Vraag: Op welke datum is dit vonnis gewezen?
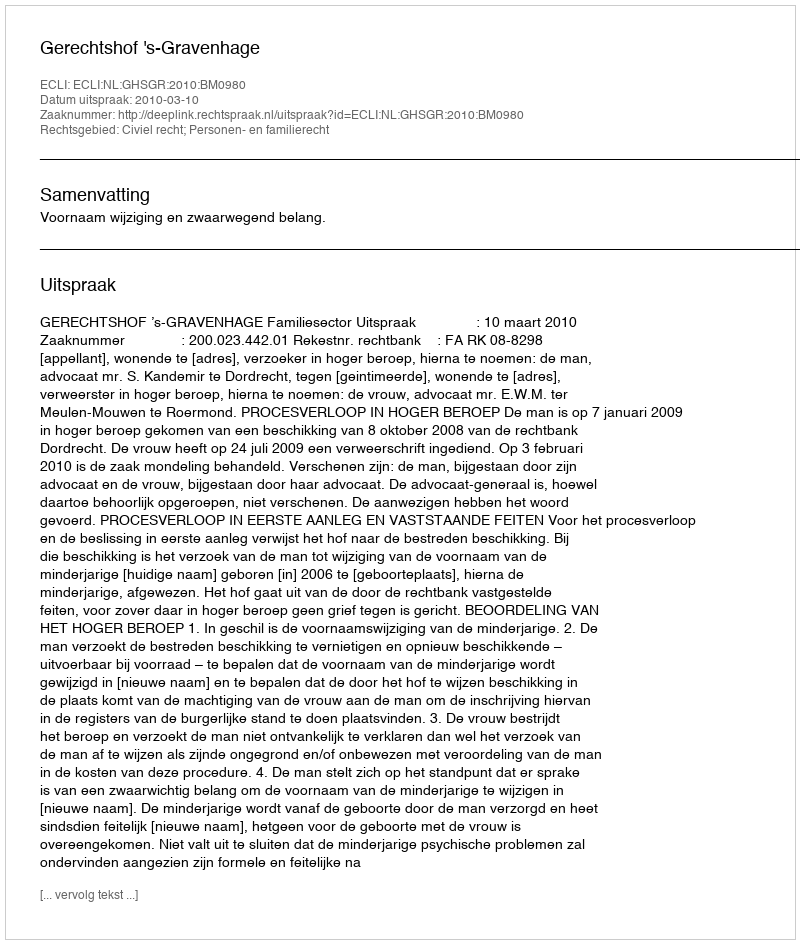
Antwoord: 2010-03-10